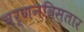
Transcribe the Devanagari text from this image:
वर्णनविस्तार